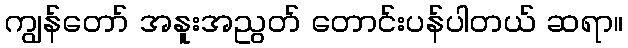
ကျွန်တော် အနူးအညွတ် တောင်းပန်ပါတယ် ဆရာ။